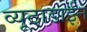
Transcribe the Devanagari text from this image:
व्यूटाडाईन